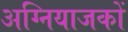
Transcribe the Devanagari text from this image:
अग्नियाजकों